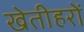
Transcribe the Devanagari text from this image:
खेतीहरों